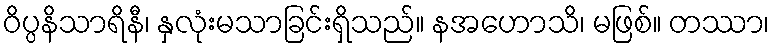
ဝိပ္ပနိသာရိနီ၊ နှလုံးမသာခြင်းရှိသည်။ နအဟောသိ၊ မဖြစ်။ တဿာ၊